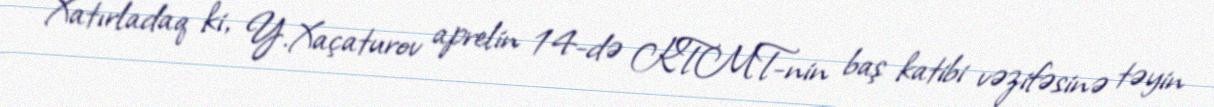
Xatırladaq ki, Y.Xaçaturov aprelin 14-də KTMT-nin baş katibi vəzifəsinə təyin